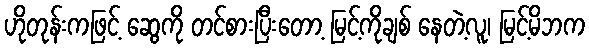
ဟိုတုန်းကဖြင့် ဆွေကို တင်စားပြီးတော့ မြင့်ကိုချစ် နေတဲ့လူ၊ မြင့်မိဘက